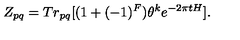
Z _ { p q } = T r _ { p q } [ ( 1 + ( - 1 ) ^ { F } ) \theta ^ { k } e ^ { - 2 \pi t H } ] .